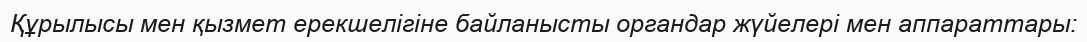
Құрылысы мен қызмет ерекшелігіне байланысты органдар жүйелері мен аппараттары: